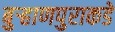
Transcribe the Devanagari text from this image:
बुऱ्हाणपुराकडे